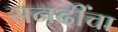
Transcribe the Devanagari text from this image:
सनदींचा